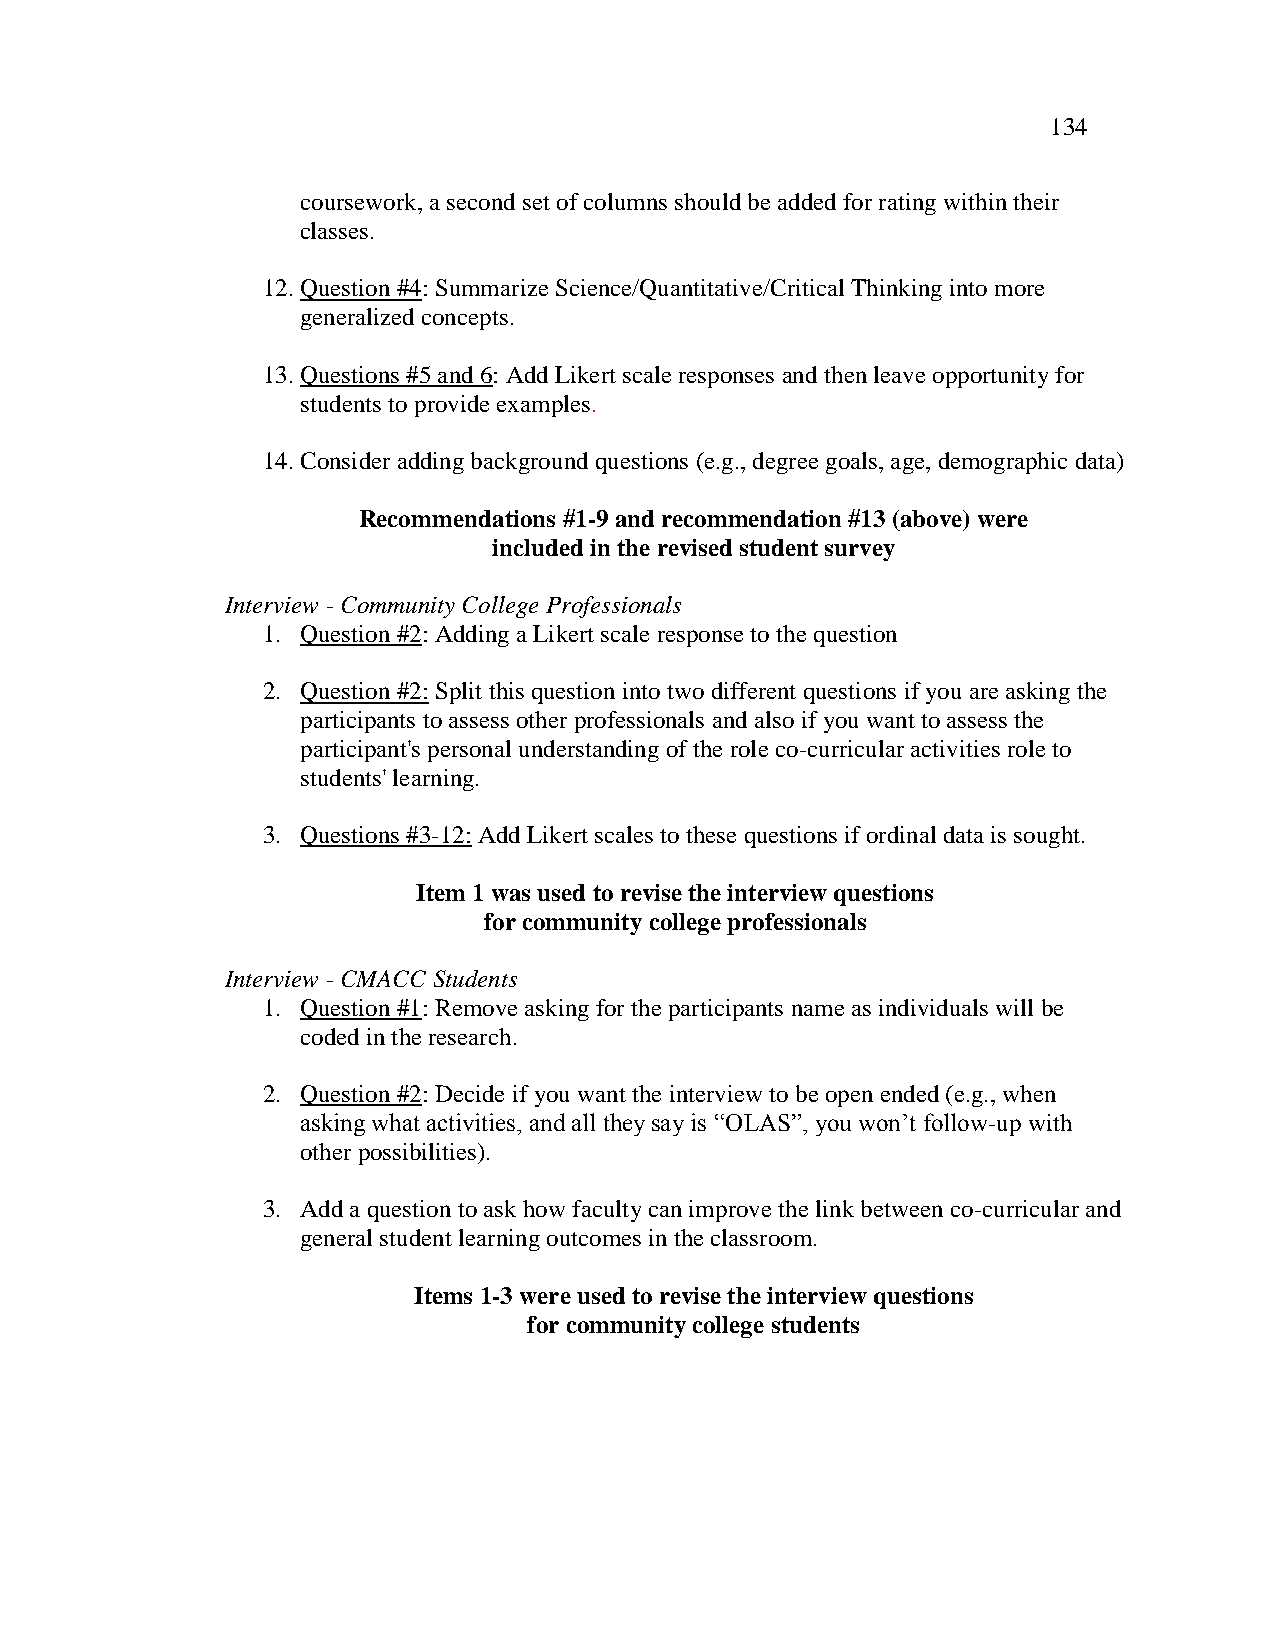
134
 coursework, a second set of columns should be added for rating within their
 classes.
 12. Question #4: Summarize Science/Quantitative/Critical Thinking into more
 generalized concepts.
 13. Questions #5 and 6: Add Likert scale responses and then leave opportunity for
 students to provide examples.
 14. Consider adding background questions (e.g., degree goals, age, demographic data)
 Recommendations #1-9 and recommendation #13 (above) were
 included in the revised student survey
 Interview - Community College Professionals
 1. Question #2: Adding a Likert scale response to the question
 2. Question #2: Split this question into two different questions if you are asking the
 participants to assess other professionals and also if you want to assess the
 participant's personal understanding of the role co-curricular activities role to
 students' learning.
 3. Questions #3-12: Add Likert scales to these questions if ordinal data is sought.
 Item 1 was used to revise the interview questions
 for community college professionals
 Interview - CMACC Students
 1. Question #1: Remove asking for the participants name as individuals will be
 coded in the research.
 2. Question #2: Decide if you want the interview to be open ended (e.g., when
 asking what activities, and all they say is ―OLAS‖, you won‘t follow-up with
 other possibilities).
 3. Add a question to ask how faculty can improve the link between co-curricular and
 general student learning outcomes in the classroom.
 Items 1-3 were used to revise the interview questions
 for community college students